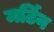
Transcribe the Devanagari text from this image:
मर्टिन